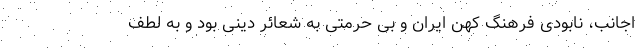
اجانب، نابودی فرهنگ کهن ایران و بی حرمتی به شعائر دینی بود و به لطف